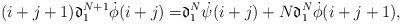
LaTeX: \begin{align*}(i+j+1)\mathfrak{d}_1^{N+1}\dot{\phi}(i+j)=&\mathfrak{d}_1^{N}\dot{\psi}(i+j) + N\mathfrak{d}_1^{N}\dot{\phi}(i+j+1),\end{align*}